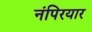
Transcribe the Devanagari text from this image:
नंपिरयार